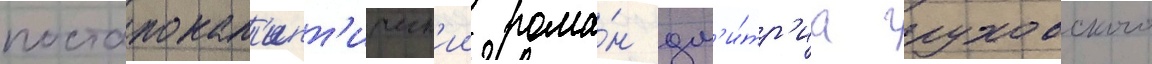
постапокал'ипт'ическ'ии рома́н дм'и́тр'иа глуховского